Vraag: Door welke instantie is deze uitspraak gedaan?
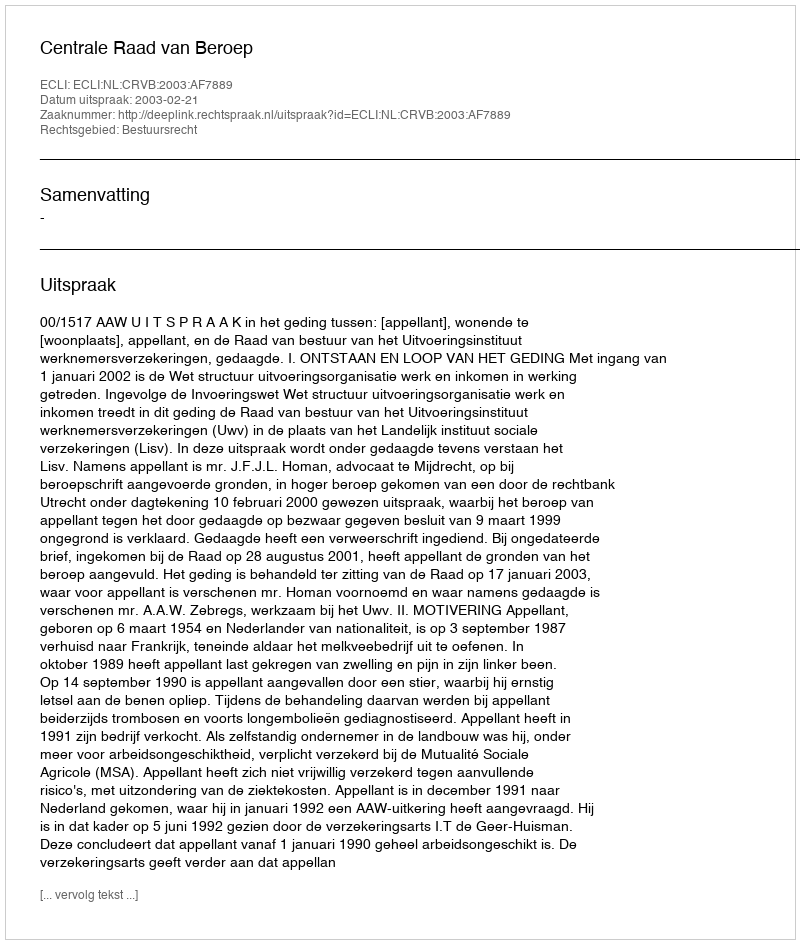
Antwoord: Centrale Raad van Beroep